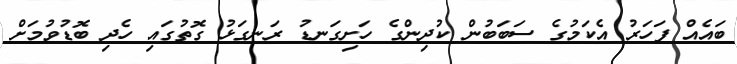
ބައެއް ފަހަރު އެކަމުގެ ސަބަބުން ކުދިންގެ ހަށިގަނޑު ރަނގަޅު ގޮތުގައި ހެދި ބޮޑުވުމަށް